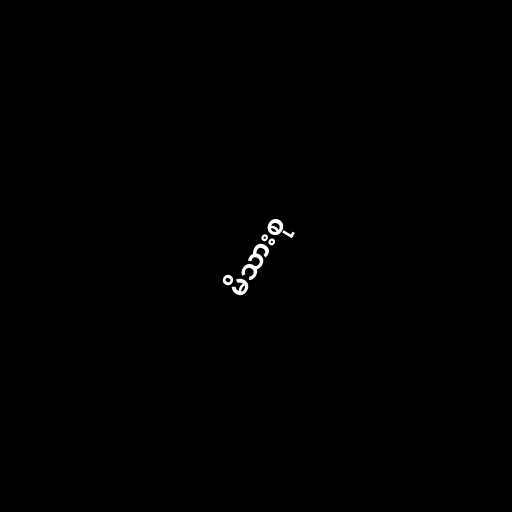
မိသားစု